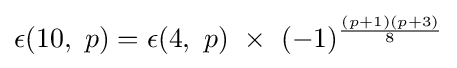
\epsilon (10,\ p)=\epsilon (4,\ p)\ \times \ (-1)^{{(p+1)(p+3)} \over 8}